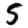
Digit: 5